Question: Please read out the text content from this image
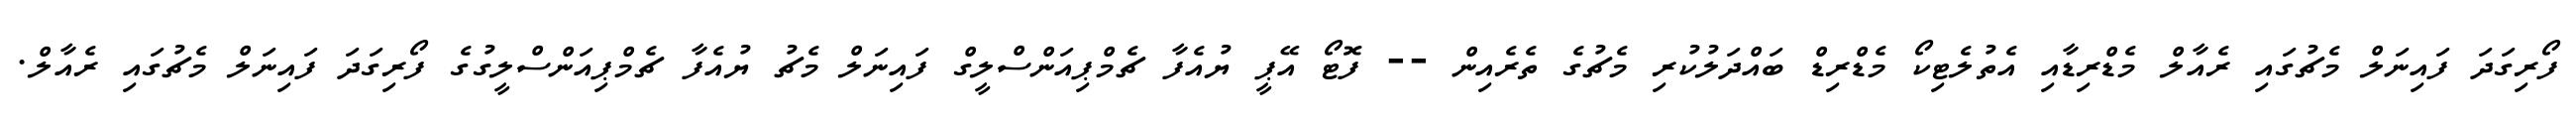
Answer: ފޯރިގަދަ ފައިނަލް މެޗުގައި ރެއާލް މެޑްރިޑާއި އެތުލެޓިކޯ މެޑްރިޑް ބައްދަލުކުރި މެޗުގެ ތެރެއިން -- ފޮޓޯ އޭޕީ ޔުއެފާ ޗެމްޕިއަންސްލީގް ފައިނަލް މެޗު ޔުއެފާ ޗެމްޕިއަންސްލީގުގެ ފޯރިގަދަ ފައިނަލް މެޗުގައި ރެއާލް.